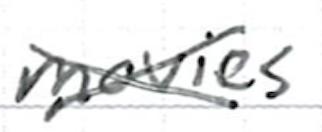
Text: movies
Cross-out: cross
Writing tool: ballpoint